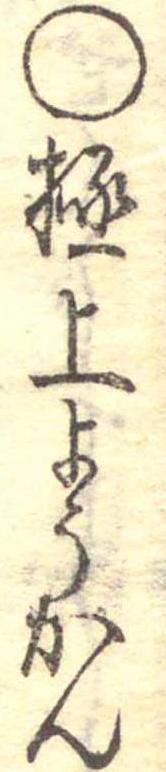
○極上ようかん